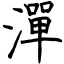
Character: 潬